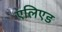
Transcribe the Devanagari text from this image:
एलिएड